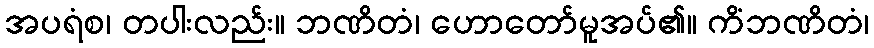
အပရံစ၊ တပါးလည်း။ ဘဏိတံ၊ ဟောတော်မူအပ်၏။ ကိံဘဏိတံ၊